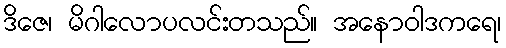
ဒိဇေ၊ မိဂါလောပလင်းတသည်။ အနောဝါဒကရေ၊